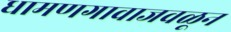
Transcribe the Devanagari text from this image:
धामणगावाजवळून